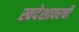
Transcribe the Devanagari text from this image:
स्वदेशावरची